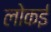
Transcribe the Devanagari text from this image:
लोकई